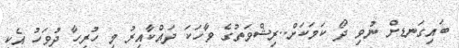
ބައިގަނޑށް ނުވި ދޯ ކަމަކަށް..ރިޝްވަތުގެ ވާހަކަ ދައްކާއިރު މި ހުރިހާ ދުވަހު އެކި